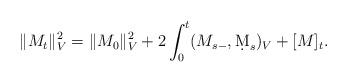
LaTeX: \begin{align*}\|M_t\|_V^2=\|M_0\|_V^2+2\int_0^t(M_{s-},\d M_s)_V+[M]_t.\end{align*}